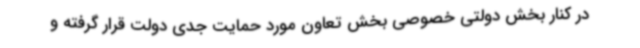
در کنار بخش دولتی خصوصی بخش تعاون مورد حمایت جدی دولت قرار گرفته و